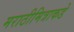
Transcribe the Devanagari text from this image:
मराठीमित्राकडे